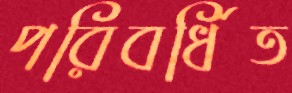
পরিবর্ধিত